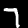
Digit: 7